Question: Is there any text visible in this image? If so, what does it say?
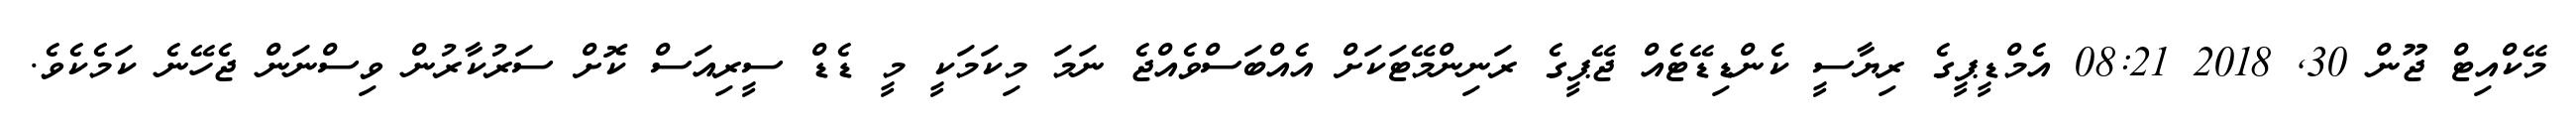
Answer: މޭކްއިޓް ޖޫން 30, 2018 08:21 އެމްޑީޕީގެ ރިޔާސީ ކެންޑިޑޭޓެއް ޖޭޕީގެ ރަނިންމޭޓަކަށް އެއްބަސްވެއްޖެ ނަމަ މިކަމަކީ މީ ޑެޑް ސީރިއަސް ކޮށް ސަރުކާރުން ވިސްނަން ޖެހޭނެ ކަމެކެވެ.